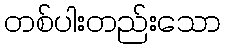
တစ်ပါးတည်းသော